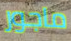
ماجور